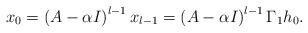
LaTeX: \begin{align*}x_{0}=\left( A-\alpha I \right)^{l-1}x_{l-1}=\left( A-\alpha I \right)^{l-1}\Gamma_{1}h_{0}.\end{align*}